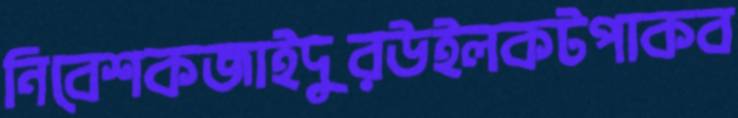
নিবেশকজাইদুরউইলকটপাকব